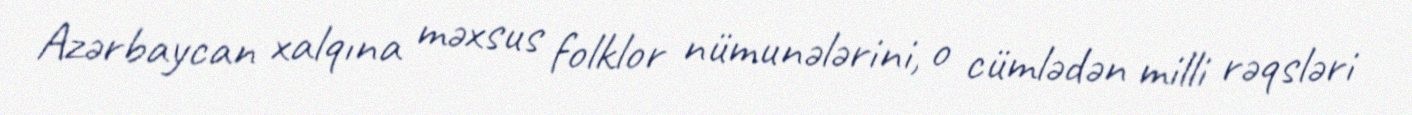
Azərbaycan xalqına məxsus folklor nümunələrini, o cümlədən milli rəqsləri